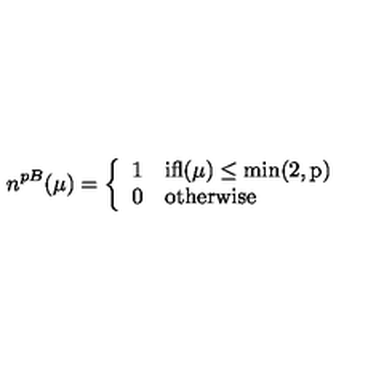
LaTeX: n ^ { p B } ( \mu ) = \left\{ \begin{array} { l l } { 1 } & { \mathrm { i f l ( \mu ) \leq m i n ( 2 , p ) } } \\ { 0 } & { \mathrm { o t h e r w i s e } } \\ \end{array} \right.